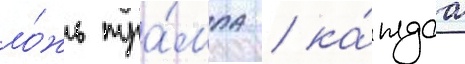
ло́жь тра́мпа / ка́ждаа